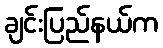
ချင်းပြည်နယ်က